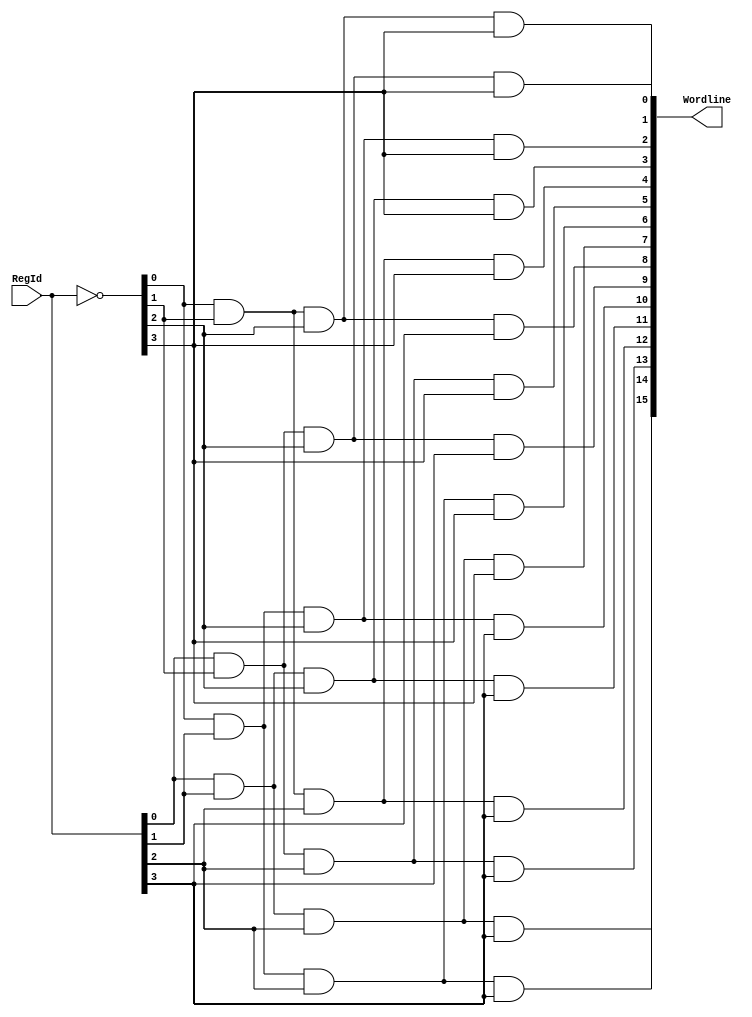
module ReadDecoder_4_16(RegId, Wordline);

input [3:0] RegId;

output [15:0] Wordline;

// Internal signals
wire [3:0] not_reg;

// invert target reg
assign not_reg = ~RegId;

assign Wordline[0] = not_reg[0] & not_reg[1] & not_reg[2] & not_reg[3];
assign Wordline[1] = RegId[0] & not_reg[1] & not_reg[2] & not_reg[3];
assign Wordline[2] = not_reg[0] & RegId[1] & not_reg[2] & not_reg[3];
assign Wordline[3] = RegId[0] & RegId[1] & not_reg[2] & not_reg[3];
assign Wordline[4] = not_reg[0] & not_reg[1] & RegId[2] & not_reg[3];
assign Wordline[5] = RegId[0] & not_reg[1] & RegId[2] & not_reg[3];
assign Wordline[6] = not_reg[0] & RegId[1] & RegId[2] & not_reg[3];
assign Wordline[7] = RegId[0] & RegId[1] & RegId[2] & not_reg[3];
assign Wordline[8] = not_reg[0] & not_reg[1] & not_reg[2] & RegId[3];
assign Wordline[9] = RegId[0] & not_reg[1] & not_reg[2] & RegId[3];
assign Wordline[10] = not_reg[0] & RegId[1] & not_reg[2] & RegId[3];
assign Wordline[11] = RegId[0] & RegId[1] & not_reg[2] & RegId[3];
assign Wordline[12] = not_reg[0] & not_reg[1] & RegId[2] & RegId[3];
assign Wordline[13] = RegId[0] & not_reg[1] & RegId[2] & RegId[3];
assign Wordline[14] = not_reg[0] & RegId[1] & RegId[2] & RegId[3];
assign Wordline[15] = RegId[0] & RegId[1] & RegId[2] & RegId[3];

endmodule